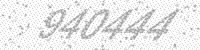
Solution: 940444